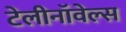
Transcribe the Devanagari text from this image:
टेलीनॉवेल्स